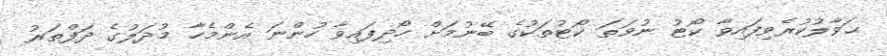
ޙަވާލުކުރެވިފައިވާ ކޯޓު ނުވަތަ ކޯޓުތަކުގެ ބޭނުމަށް ހޯދިފައިވާ ހުންނަ އެންމެހާ މުދަލުގެ ދަފްތަރު